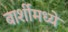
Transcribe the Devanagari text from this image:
बार्शीमध्ये